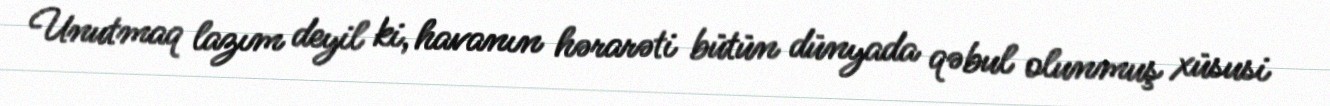
Unutmaq lazım deyil ki, havanın hərarəti bütün dünyada qəbul olunmuş xüsusi